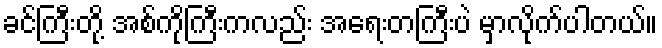
ခင်ကြီးတို့ အစ်ကိုကြီးကလည်း အရေးတကြီးပဲ မှာလိုက်ပါတယ်။